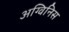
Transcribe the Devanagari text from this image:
अग्विनिस